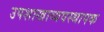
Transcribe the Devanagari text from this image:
उपशाखाव्यवस्थापक